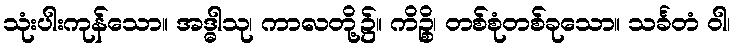
သုံးပါးကုန်သော။ အဒ္ဓါသု၊ ကာလတို့၌။ ကိဉ္စိ၊ တစ်စုံတစ်ခုသော။ သင်္ခတံ ဝါ၊